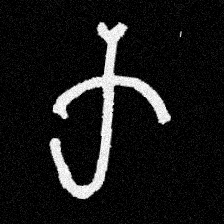
Pyu character \u2014 Myanmar letter: က (romanized: ka)